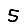
Digit: 5